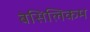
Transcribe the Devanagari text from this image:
बेसिलिकम